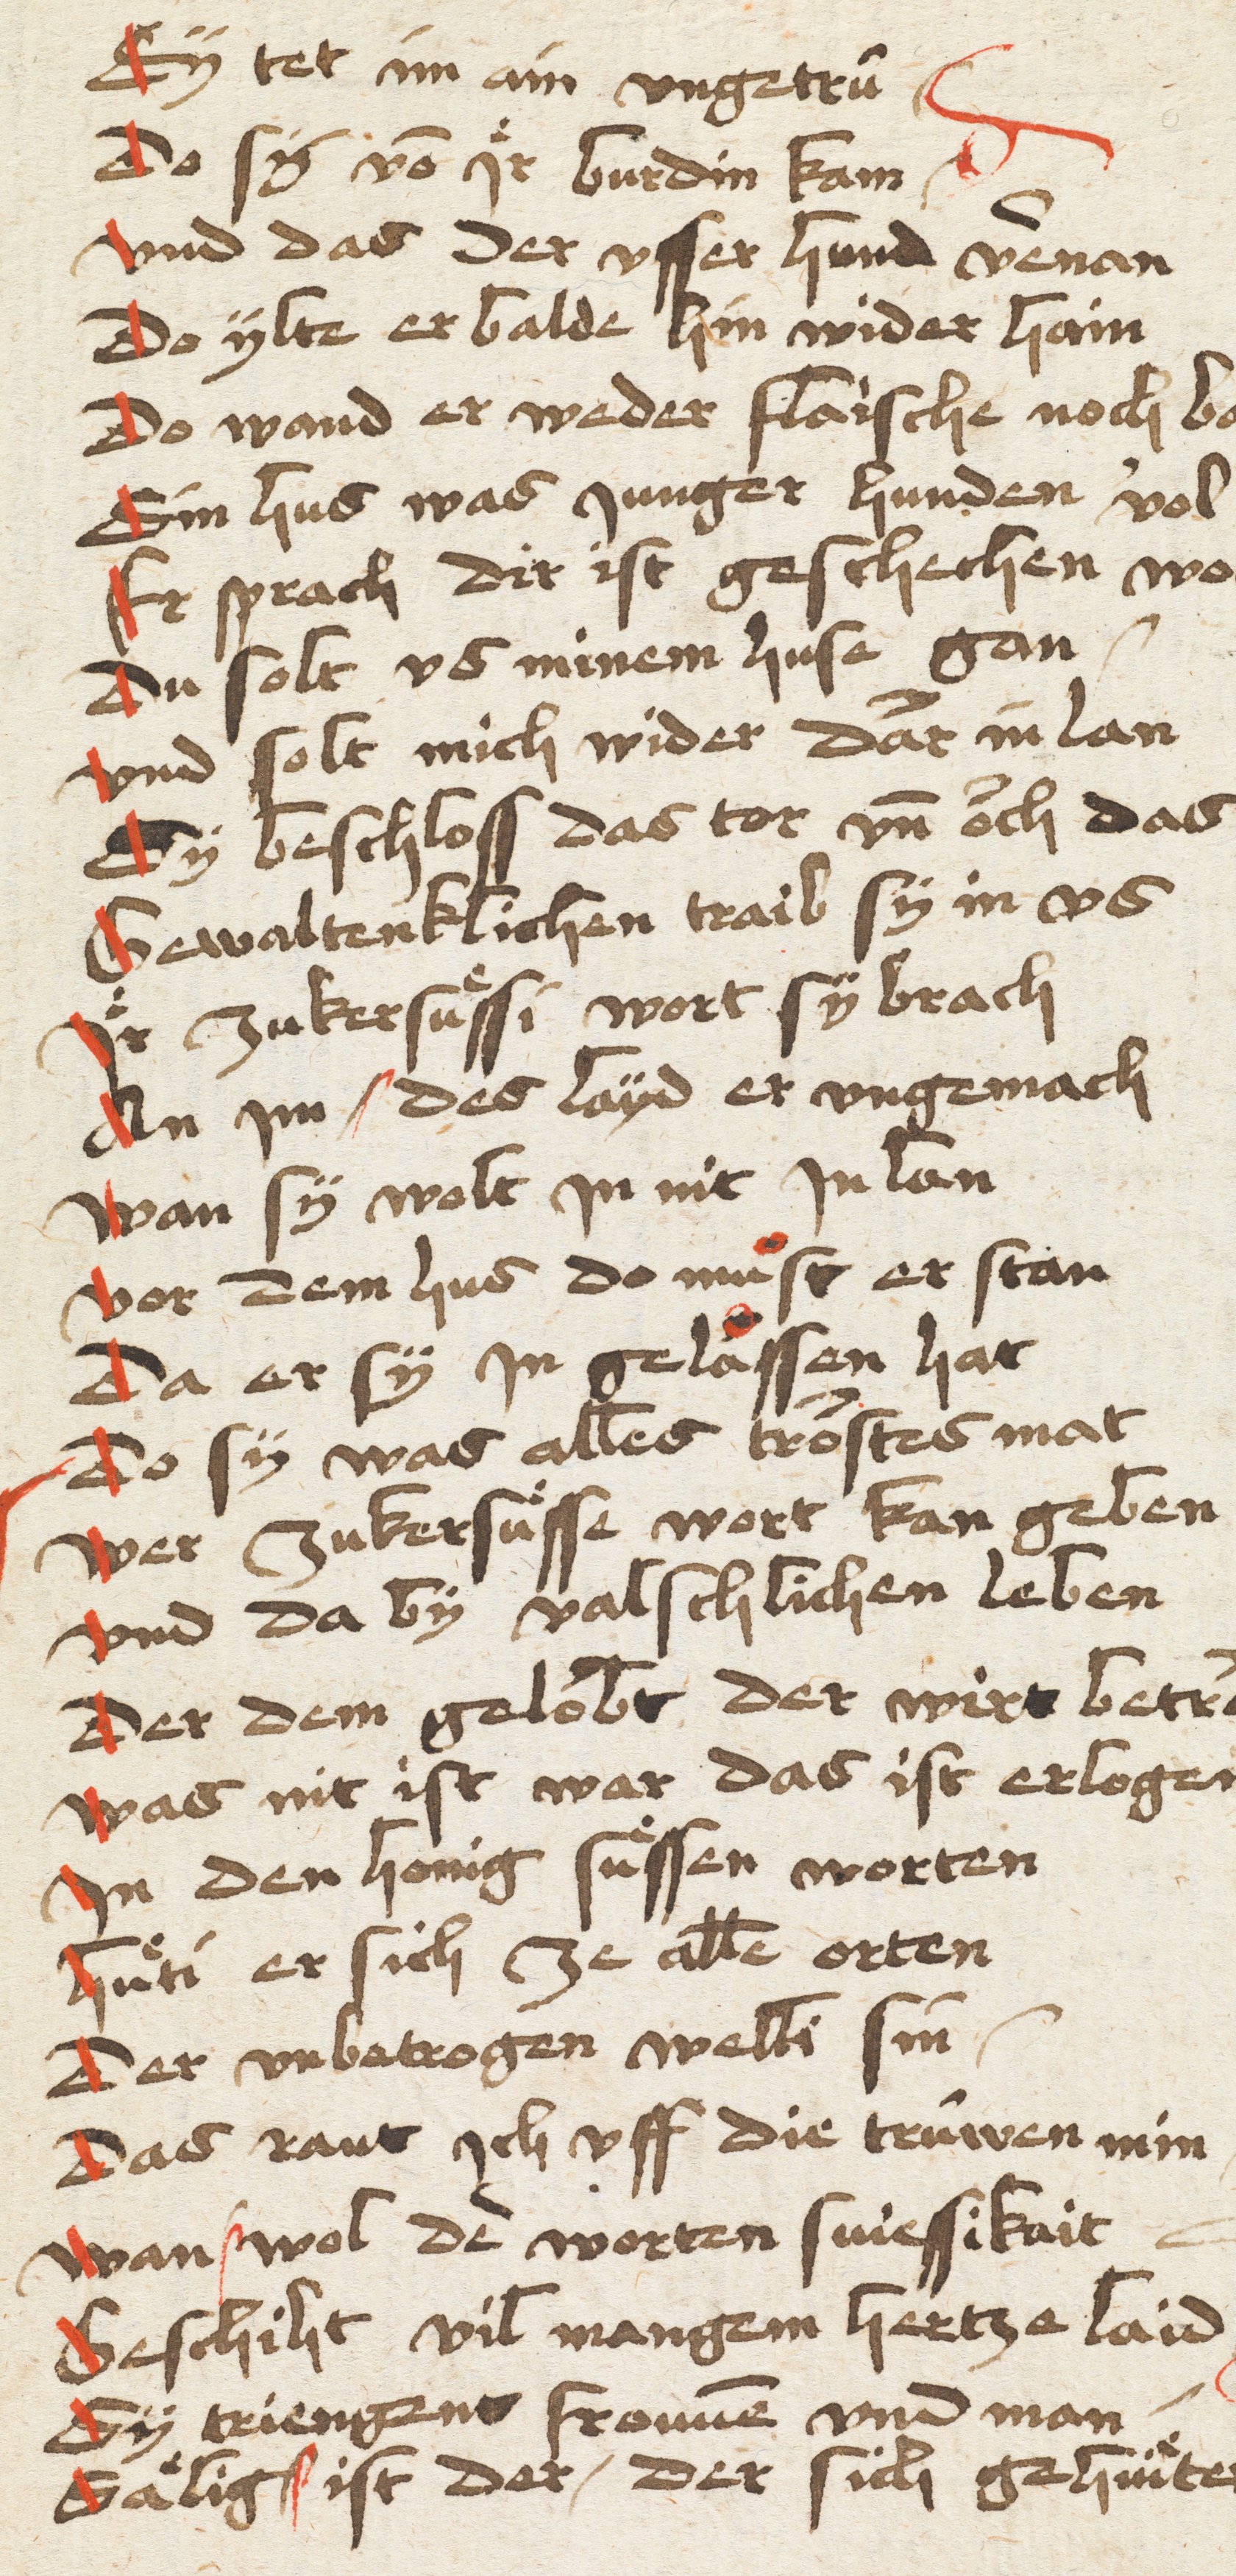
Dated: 1400–1499